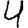
Digit: 4